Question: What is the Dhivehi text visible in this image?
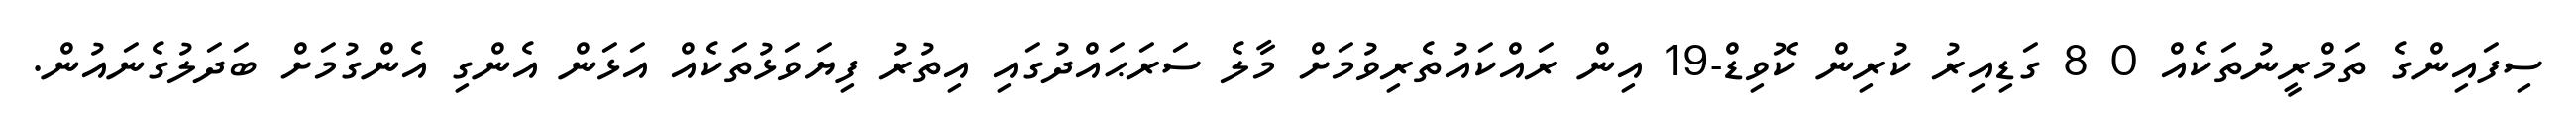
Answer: ސިފައިންގެ ތަމްރީނުތަކެއް 0 8 ގަޑިއިރު ކުރިން ކޮވިޑް-19 އިން ރައްކައުތެރިވުމަށް މާލެ ސަރަޙައްދުގައި އިތުރު ފިޔަވަޅުތަކެއް އަޅަން އެންގި އެންގުމަށް ބަދަލުގެނައުން.